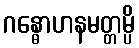
ဂန္ဓောဟနမတ္တမ္ပိ